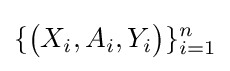
\{{\bigl (}X_{i},A_{i},Y_{i}{\bigr )}\}_{i=1}^{n}